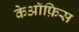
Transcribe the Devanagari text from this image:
केऑफ़िस